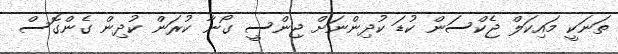
ތަނަކީ މައިކަލް ޖެކްސަން ކުޑަ ކުދިންނަށް ޖިންސީ ގޯނާ ކުރަން ކުދިން ގެންގޮސް